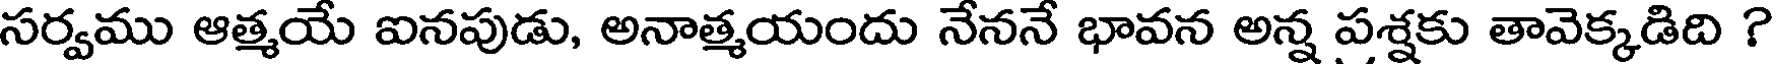
సర్వము ఆత్మయే ఐనపుడు, అనాత్మయందు నేననే భావన అన్న పశ్షకు తావెక్కడిది ?